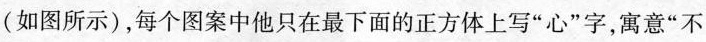
(如图所示)，每个图案中他只在最下面的正方体上写”心”字，寓意”不